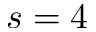
s = 4